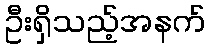
ဦးရှိသည့်အနက်